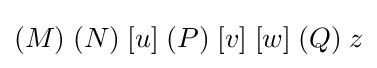
(M)\;(N)\;[u]\;(P)\;[v]\;[w]\;(Q)\;z